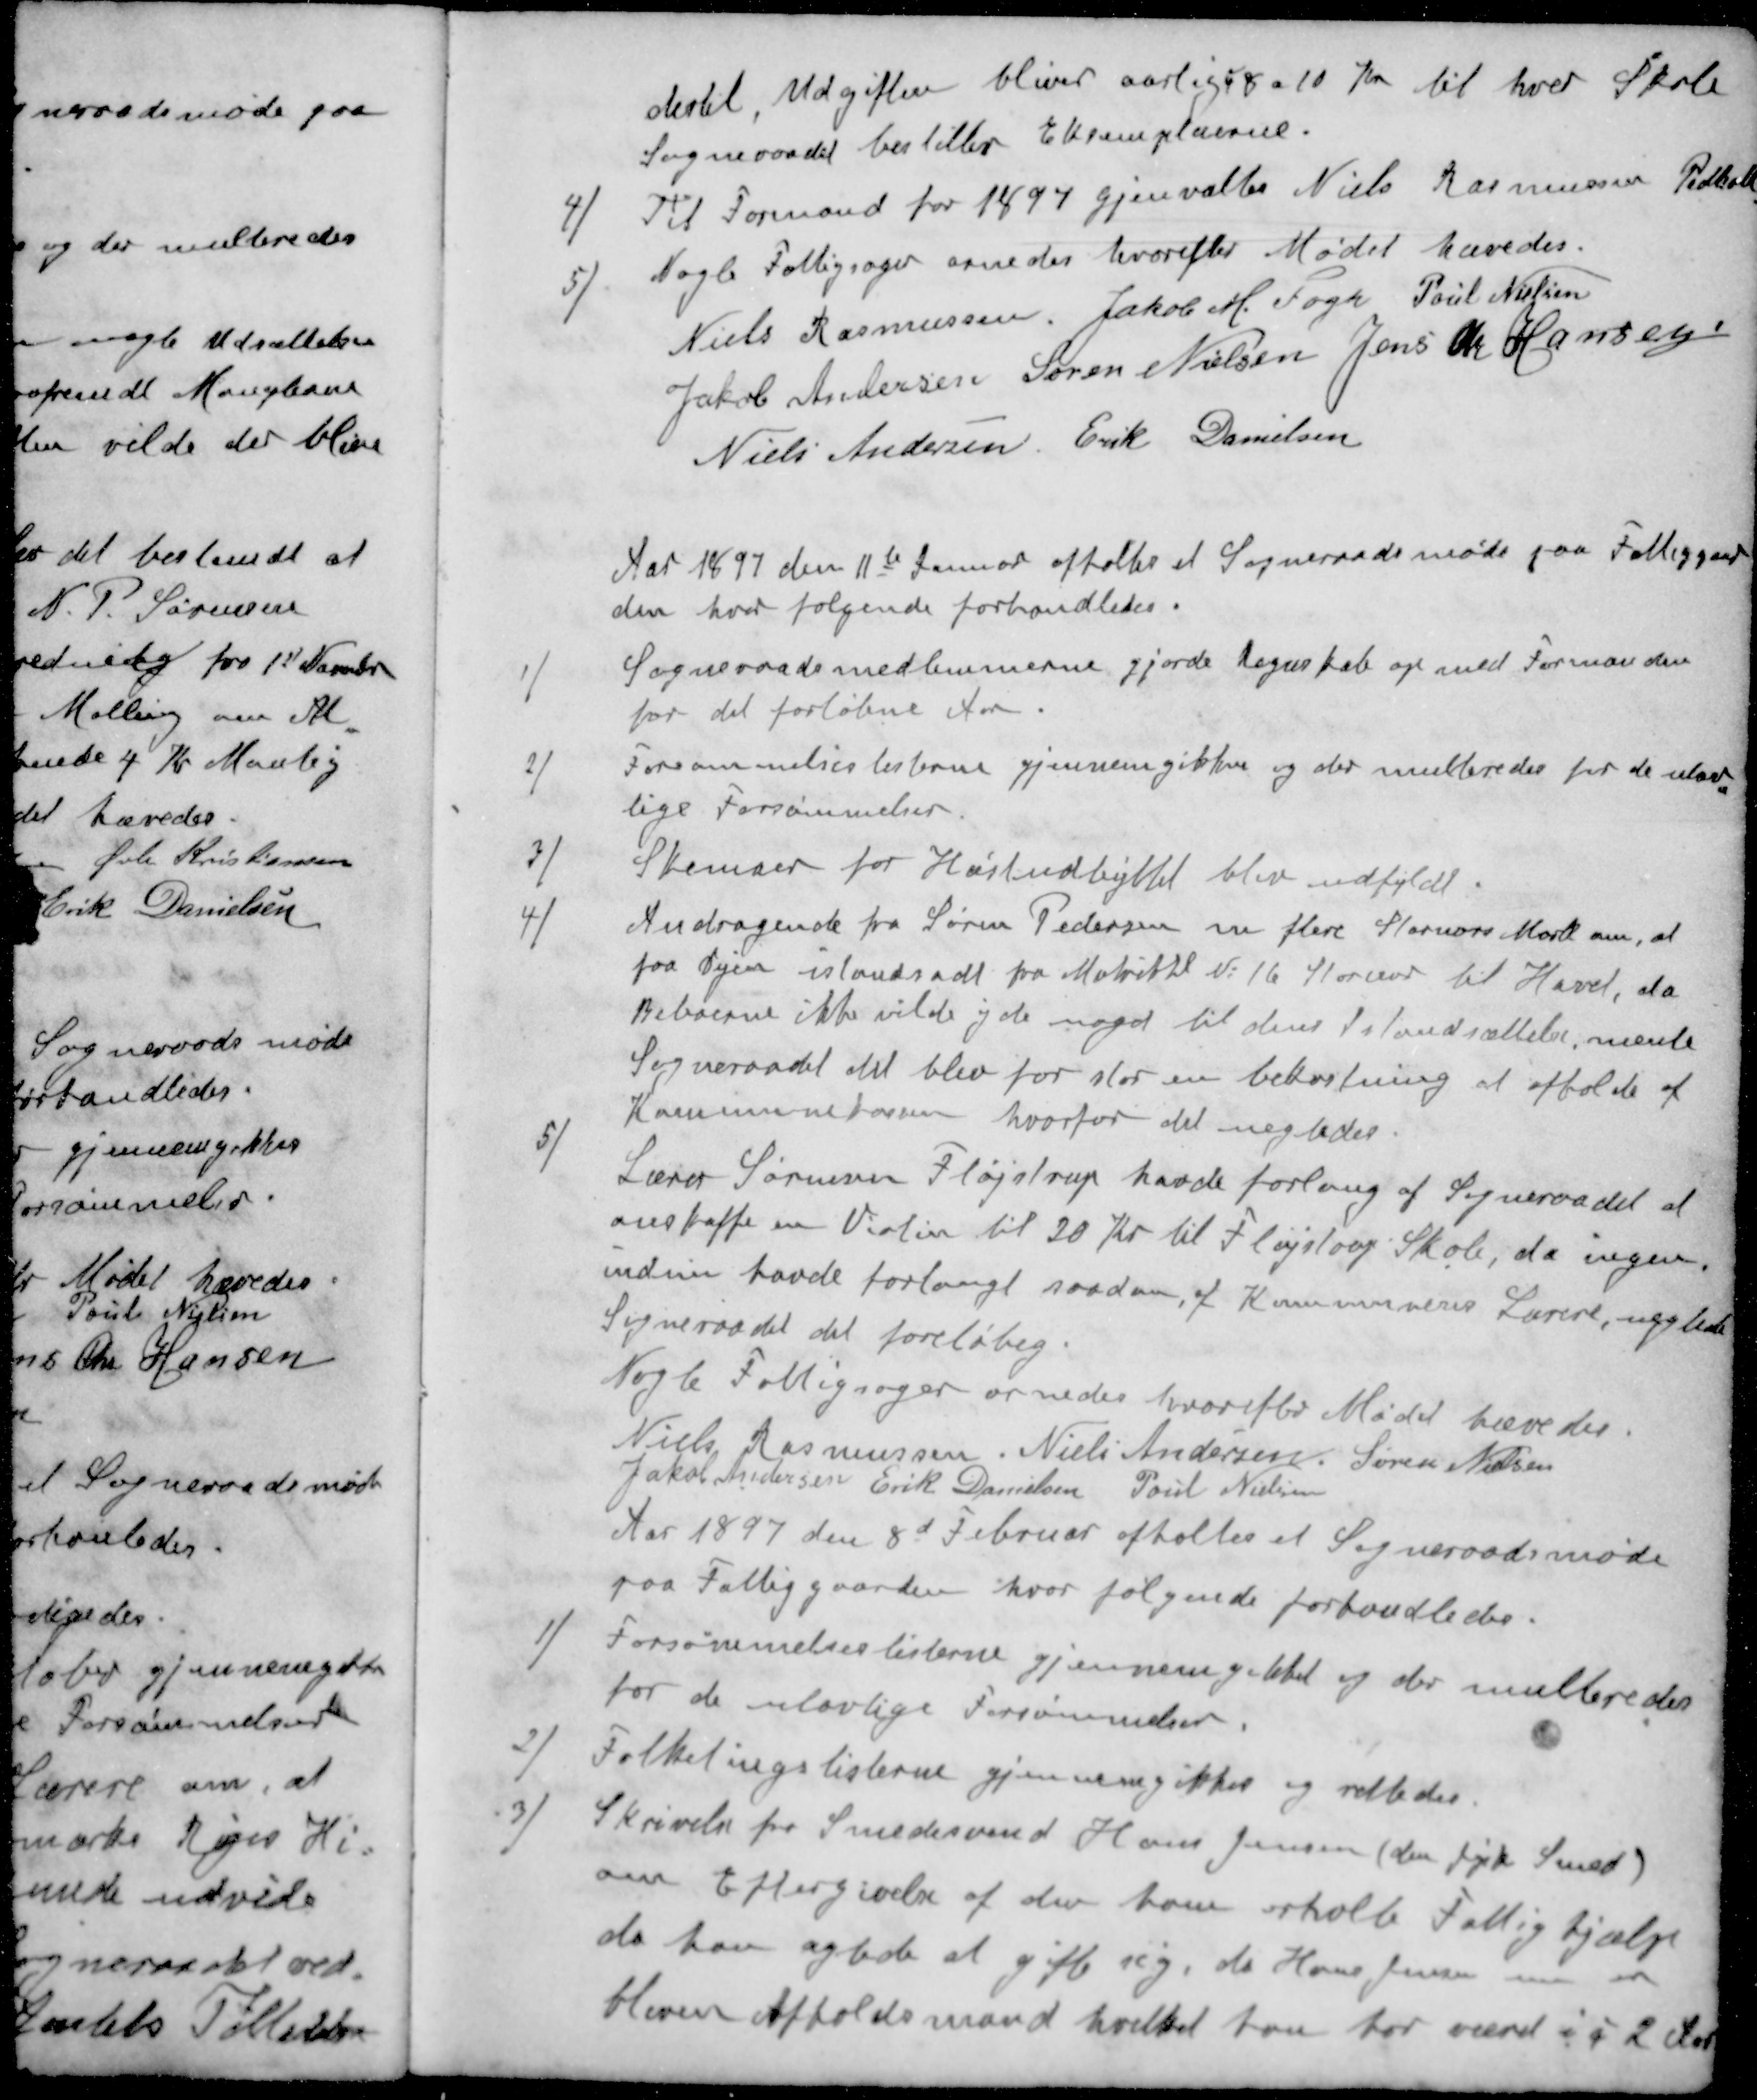
Transskription:
dertil, Udgiften bliver aarlige 8 a 10 Kr til hver Skole
Sogneraadet bestiller Eksemplaerne.
4 / Til Formand for 1897 gjenvaltes Niels Rasmussen Pedholt
5 / Nogle Fattigsager ornedes hvorefter Mødet hævedes.
Niels Rasmussen
Jakob M. Fogh
Poul Nielsen
Jakob Andersen
Søren Nielsen
Jens Chr Hansen
Niels Andersen
Erik Danielsen
Aar 1897 den 11te Januar afholtes et Sogneraadsmøde paa Fattiggaar-
den hvor følgende forhandledes.
1 / Sogneraadsmedlemmerne gjorde Regnskab op med Formanden
for det forløbne Aar.
2 / Forsømmelseslisterne gjennemgikkes og der multeredes for de ulov-
lige Forsømmelser.
3 / Skemaer for Høstudbyttet blev udfyldt.
4 / Andragende fra Søren Pedersen m flere Stornors Mark om, at
faa Vejen istandsadt fra Matriktl N. 16 Stornor til Havet, da
Beboerne ikke vilde yde noget til dens Istandsættelse, mente
Sogneraadet det blev for stor en bekostning at afholde af
Kommunekassen hvorfor det nægtedes
5 / Lærer Sørensen Fløjstrup havde forlang af Sogneraadet at
anskaffe en Violin til 20 Kr til Fløjstrup Skole, da ingen
endnu havde forlangt saadan, af Kommunens Lærere, nægtede
Sogneraadet det foreløbig.
Nogle Fattigsager ornedes hvorefter Mødet hævedes.
Niels Rasmussen
Niels Andersen
Søren Nielsen
Jakob Andersen
Erik Danielsen
Poul Nielsen
Aar 1897 den 8d Februar afholtes et Sogneraadsmøde
paa Fattiggaarden, hvor følgende forhandledes.
1 / Forsømmelseslisterne gjennemgikkes og der multeredes
for de ulovlige Forsømmelser.
2 / Folketingslisterne gjennemgikkes og rettedes.
3 / Skrivelse fra Smedesvend Hans Jensen (den jysk Smed)
om Eftergivelse af den ham erholte Fattighjælp
da kan agtede at gifte sig, da Hans Jensen nu er
bleven Afholdsmand hvilket han for været i i 2 Aar